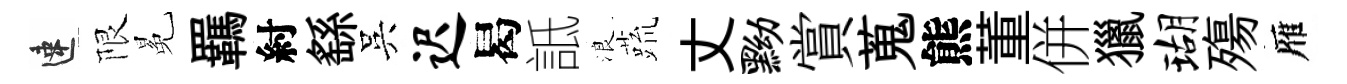
速限冕羈紂繇吳迟曷詆浪蔬丈黝賞蒐熊董併獵瑚殤雁